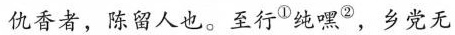
仇香者，陈留人也。至行^{①}纯嘿^{②}，乡党无